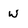
Character: w